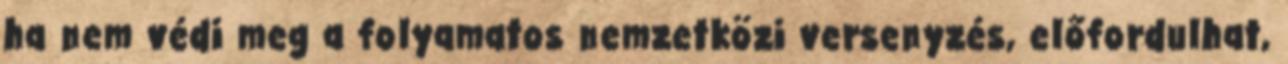
ha nem védi meg a folyamatos nemzetközi versenyzés, előfordulhat,